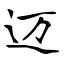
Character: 迈